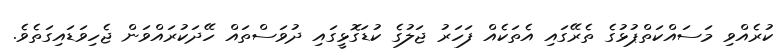
ކުރެއްވި މަސައްކަތްޕުޅުގެ ތެރޭގައި އެތަކެއް ފަހަރު ޖަލުގެ ކުޑަގޮޅީގައި ދުވަސްތައް ހޭދަކުރައްވަން ޖެހިވަޑައިގަތެވެ.